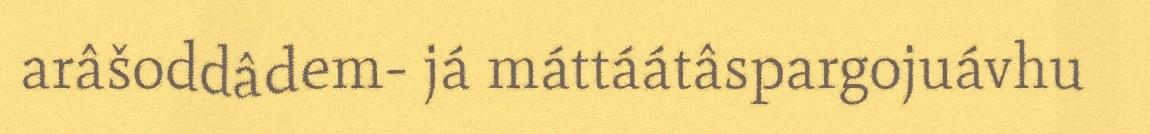
arâšoddâdem- já máttáátâspargojuávhu